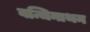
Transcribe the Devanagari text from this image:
वन्चिनाथन